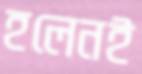
হলেনই